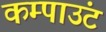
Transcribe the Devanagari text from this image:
कम्पाउंट